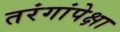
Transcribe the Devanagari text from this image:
तरंगांपेक्षा